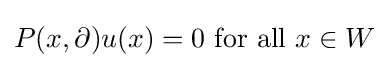
P(x,\partial )u(x)=0{\text{ for all }}x\in W